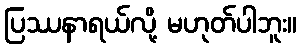
ပြဿနာရယ်လို့ မဟုတ်ပါဘူး။